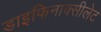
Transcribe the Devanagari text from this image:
डाइफिनाक्सीलेट